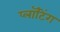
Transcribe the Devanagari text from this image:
प्लॉटिंग